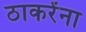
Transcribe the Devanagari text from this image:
ठाकरेंना